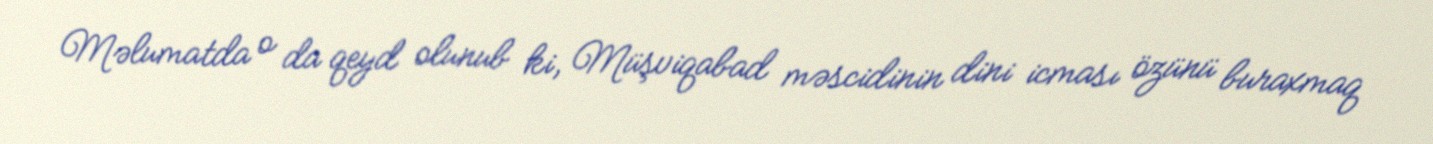
Məlumatda o da qeyd olunub ki, Müşviqabad məscidinin dini icması özünü buraxmaq